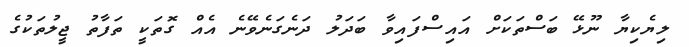
ލިޔެކިޔާ ނޫޅޭ ބަސްތަކަށް އައިސްފައިވާ ބަދަލު ދަނެގަނެވޭނެ އެއް ގޮތަކީ ތަފާތު ޖީލުތަކުގެ